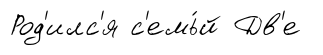
Род'илс'я с'емь́й Дв'е